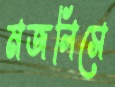
মজলিসে